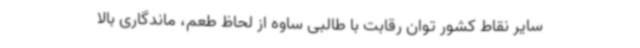
سایر نقاط کشور توان رقابت با طالبی ساوه از لحاظ طعم، ماندگاری بالا